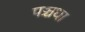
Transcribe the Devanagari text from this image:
पञ्चधा